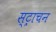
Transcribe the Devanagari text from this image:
स्ट्राचन